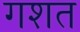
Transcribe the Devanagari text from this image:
गशत